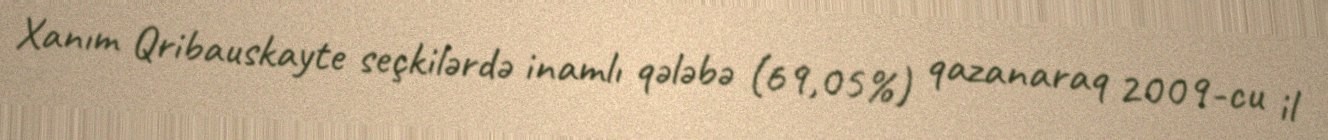
Xanım Qribauskayte seçkilərdə inamlı qələbə (69,05%) qazanaraq 2009-cu il